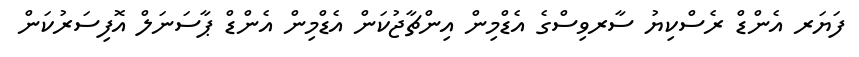
ފަޔަރ އެންޑް ރެސްކިޔު ސާރވިސްގެ އެޑްމިން އިންޗާޖުކަން އެޑްމިން އެންޑް ޕާސަނަލް އޮފިސަރުކަން